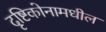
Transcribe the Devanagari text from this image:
दृष्टिकोनामधील